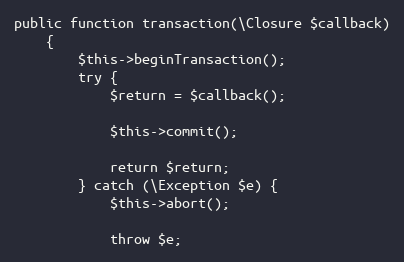
Language: PHP
public function transaction(\Closure $callback)
    {
        $this->beginTransaction();
        try {
            $return = $callback();

            $this->commit();

            return $return;
        } catch (\Exception $e) {
            $this->abort();

            throw $e;